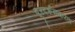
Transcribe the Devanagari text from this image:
दूरदर्शनकरता